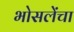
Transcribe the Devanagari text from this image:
भोसलेंचा